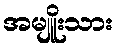
အမျိူးသား